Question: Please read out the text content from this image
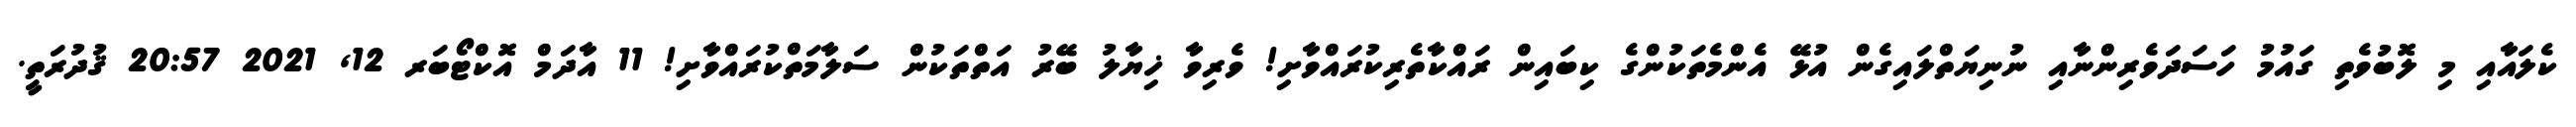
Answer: ކެލައާއި މި ލޮބުވެތި ގައުމު ހަސަދަވެރިންނާއި ނުނިޔަތްލައިގެން އުޅޭ އެންމެތަކުންގެ ކިބައިން ރައްކާތެރިކުރައްވާށި! ވެރިވާ ޚިޔާލު ބޭރު އަތްތަކުން ސަލާމަތްކުރައްވާށި! 11 އާދަމް އޮކްޓޯބަރ 12, 2021 20:57 ޤުދުރަތީ.